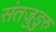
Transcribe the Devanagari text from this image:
संतजुडुरु